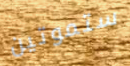
ستموتين